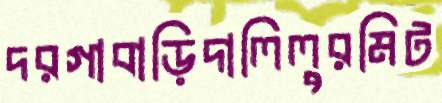
দরগাবাড়িদালিলুরমিট